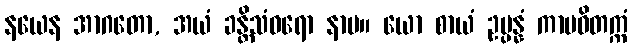
နယေန အာဂတော, အယံ ခန္တိသံဝရော နာမ။ ယော စာယံ ဥပ္ပန္နံ ကာမဝိတက္ကံ